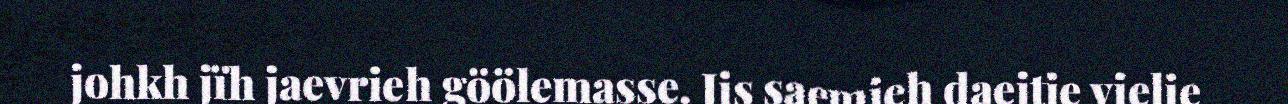
johkh jïh jaevrieh göölemasse. Jis saemieh daejtie vielie